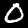
Label: 0